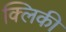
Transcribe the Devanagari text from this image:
क्लिकी